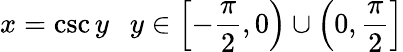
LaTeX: x=\csc y\ \ \ y\in\left[-{\frac{\pi}{2}},0\right)\cup\left(0,{\frac{\pi}{2}}\right]